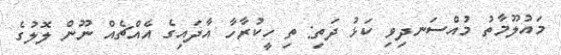
މައުލޫމާތު މުއްސަނދިވި ކަޅު ދަތި: ތި ހީކުރާހާ އާދައިގެ އެއްޗެއް ނޫން ލޮލުގެ